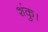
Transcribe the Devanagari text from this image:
शंकु।